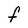
Character: F